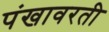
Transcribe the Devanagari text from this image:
पंखावरती